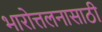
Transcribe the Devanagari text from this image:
भारोत्तलनासाठी